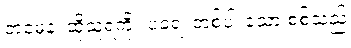
တမေနံ၊ ထိုသူရဲကို။ ပရေ၊ တစ်ပါးသော စစ်သည်